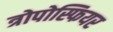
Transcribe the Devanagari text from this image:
त्रोपोस्फियर